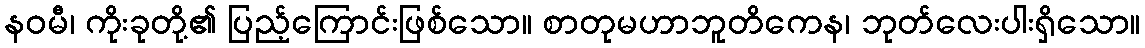
နဝမီ၊ ကိုးခုတို့၏ ပြည့်ကြောင်းဖြစ်သော။ စာတုမဟာဘူတိကေန၊ ဘုတ်လေးပါးရှိသော။